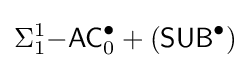
\Sigma _{1}^{1}{\mathsf {-AC}}_{0}^{\bullet }+({\mathsf {SUB}}^{\bullet })